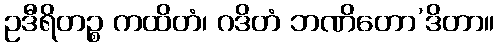
ဥဒီရိတဉ္စ ကထိတံ၊ ဂဒိတံ ဘဏိတော’ဒိတာ။